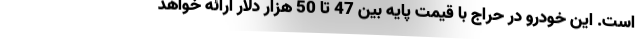
است. این خودرو در حراج با قیمت پایه بین 47 تا 50 هزار دلار ارائه خواهد